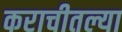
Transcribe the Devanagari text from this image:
कराचीतल्या